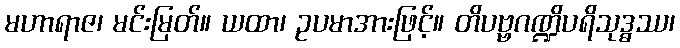
မဟာရာဇ၊ မင်းမြတ်။ ယထာ၊ ဥပမာအားဖြင့်။ တိပဗ္ဗဂဏ္ဍိပရိသုဒ္ဓဿ၊